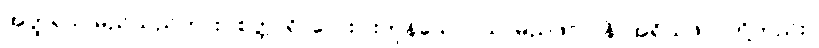
အတ္ထရသ မည်သည်ကား။ စတ္တာရိ၊ လေးပါးကုန်သော။ သာမညဖလာနိ၊ အရိယဖိုလ်တို့တည်း။